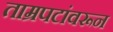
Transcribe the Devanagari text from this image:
ताम्रपटांवरून